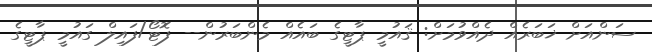
ސަންއަށް ޚަބަރެއް ދެއްވުމަށް: ޤައުމީ ޕާޓީގެ ބައެއް މެންބަރުން-- ފޮޓޯ/ފައިލް ގައުމީ ޕާޓީގެ